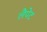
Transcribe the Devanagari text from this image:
लैपेट